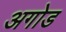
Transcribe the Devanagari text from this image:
अगोड